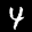
Label: 4